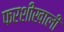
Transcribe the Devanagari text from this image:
फरशीखाली